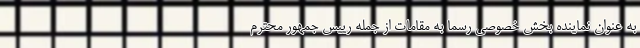
به عنوان نماینده بخش خصوصی رسما به مقامات از جمله رییس جمهور محترم